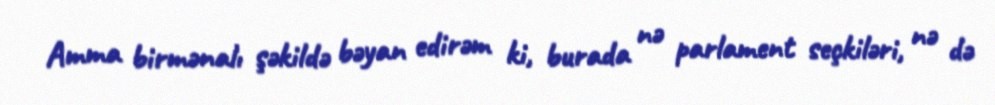
Amma birmənalı şəkildə bəyan edirəm ki, burada nə parlament seçkiləri, nə də